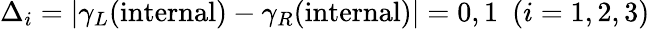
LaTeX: \Delta_{i}=\vert\gamma_{L}(\mathrm{internal})-\gamma_{R}(\mathrm{internal})\vert=0,1~~(i=1,2,3)